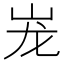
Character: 𰎎